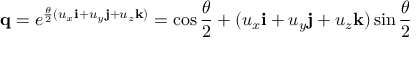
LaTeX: \mathbf { q } = e ^ { { \frac { \theta } { 2 } } { ( u _ { x } \mathbf { i } + u _ { y } \mathbf { j } + u _ { z } \mathbf { k } ) } } = \cos { \frac { \theta } { 2 } } + ( u _ { x } \mathbf { i } + u _ { y } \mathbf { j } + u _ { z } \mathbf { k } ) \sin { \frac { \theta } { 2 } }